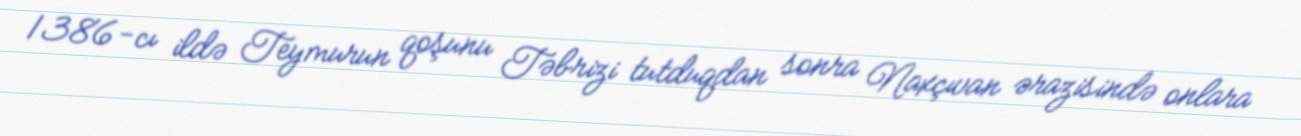
1386-cı ildə Teymurun qoşunu Təbrizi tutduqdan sonra Naxçıvan ərazisində onlara